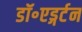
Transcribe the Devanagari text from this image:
डॉ॰एड्गर्टन